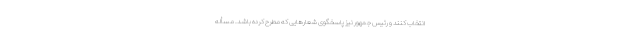
انتخاب کنند و رئیس جمهور نیز پاسخگوی شعارهایی که مطرح کرده باشد. مسأله